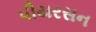
પીયરસન